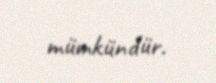
mümkündür.